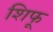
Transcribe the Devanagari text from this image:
शिफू